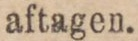
aftagen.